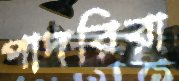
পাদরিরা